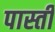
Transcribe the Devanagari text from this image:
पास्ती